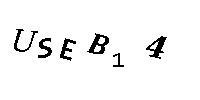
USEB14